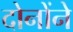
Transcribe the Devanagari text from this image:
दोनोंने